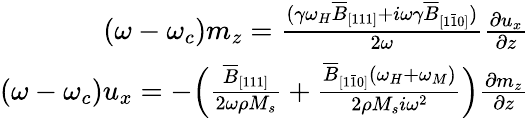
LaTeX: \begin{array}{r}{(\omega-\omega_{c})m_{z}=\frac{(\gamma\omega_{H}\overline{{B}}_{[111]}+i\omega\gamma\overline{{B}}_{[1\bar{1}0]})}{2\omega}\frac{\partial u_{x}}{\partial z}}\\ {(\omega-\omega_{c})u_{x}=-\Big(\frac{\overline{{B}}_{[111]}}{2\omega\rho M_{s}}+\frac{\overline{{B}}_{[1\bar{1}0]}(\omega_{H}+\omega_{M})}{2\rho M_{s}i\omega^{2}}\Big)\frac{\partial m_{z}}{\partial z}}\end{array}